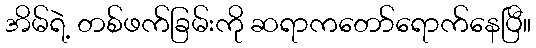
အိမ်ရဲ့ တစ်ဖက်ခြမ်းကို ဆရာကတော်ရောက်နေပြီ။